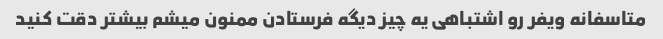
متاسفانه ویفر رو اشتباهی یه چیز دیگه فرستادن ممنون میشم بیشتر دقت کنید